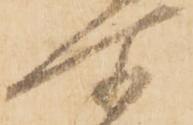
所